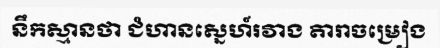
នឹកស្មានថា ជំហានស្នេហ៍រវាង តារាចម្រៀង